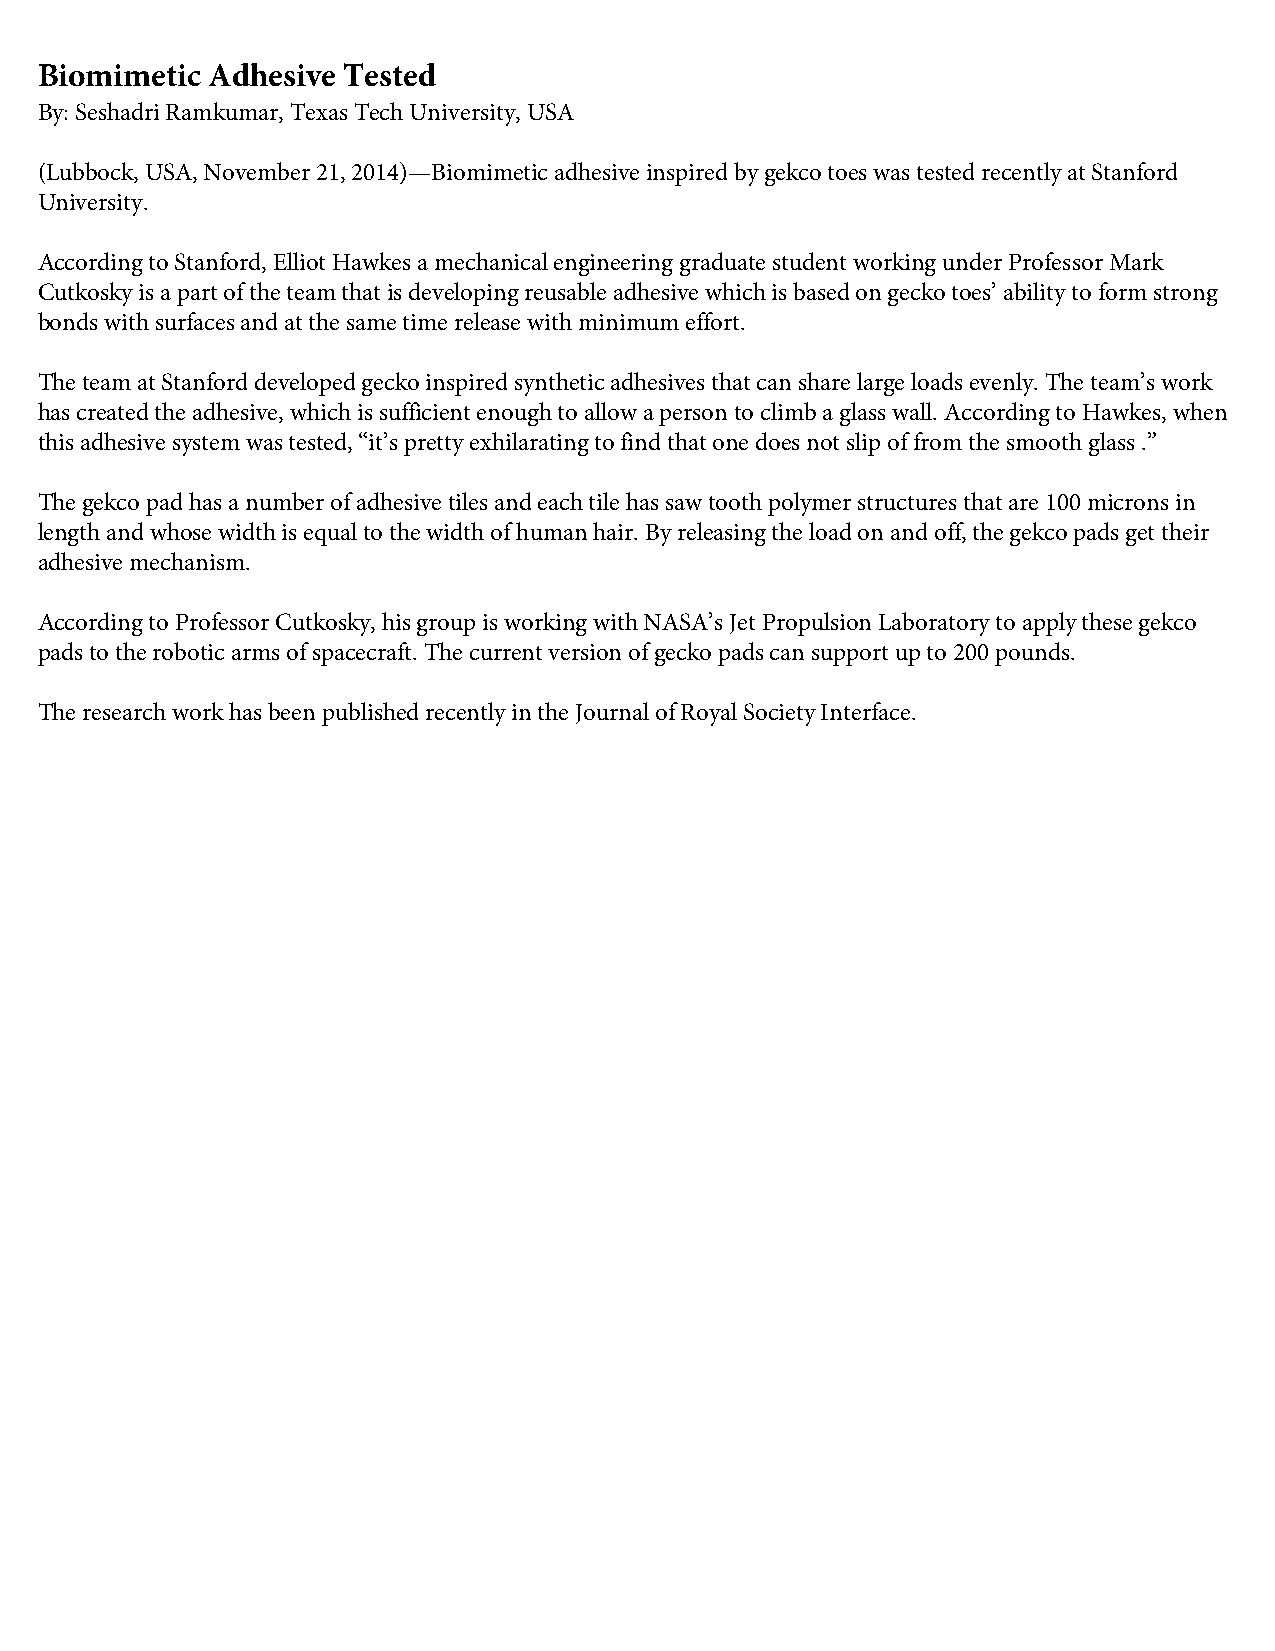
Biomimetic  Adhesive Tested
 By: Seshadri Ramkumar, Texas Tech University, USA
 (Lubbock, USA, November 21, 2014)—Biomimetic adhesive inspired by gekco toes was tested recently at Stanford
 University.
 According to Stanford, Elliot Hawkes a mechanical engineering graduate student working under Professor Mark
 Cutkosky is a part of the team that is developing reusable adhesive which is based on gecko toes’ ability to form strong
 bonds with surfaces and at the same time release with minimum effort.
 The team at Stanford developed gecko inspired synthetic adhesives that can share large loads evenly. The team’s work
 has created the adhesive, which is sufficient enough to allow a person to climb a glass wall. According to Hawkes, when
 this adhesive system was tested, “it’s pretty exhilarating to find that one does not slip of from the smooth glass .”
 The gekco pad has a number of adhesive tiles and each tile has saw tooth polymer structures that are 100 microns in
 length and whose width is equal to the width of human hair. By releasing the load on and off, the gekco pads get their
 adhesive mechanism.
 According to Professor Cutkosky, his group is working with NASA’s Jet Propulsion Laboratory to apply these gekco
 pads to the robotic arms of spacecraft. The current version of gecko pads can support up to 200 pounds.
 The research work has been published recently in the Journal of Royal Society Interface.